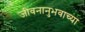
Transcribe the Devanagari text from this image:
जीवनानुभवाच्या